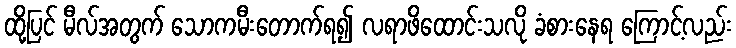
ထို့ပြင် မီလ်အတွက် သောကမီးတောက်ရ၍ လရာဖိထောင်းသလို ခံစားနေရ ကြောင့်လည်း